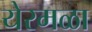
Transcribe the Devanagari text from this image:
येरमळा